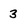
Character: 3